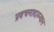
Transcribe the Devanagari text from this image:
प्रवचनादरम्यान